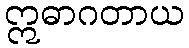
ဣဓာဂတာယ